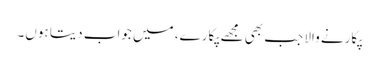
پکارنے والا جب بھی مجھے پکارے، میں جواب دیتا ہوں۔